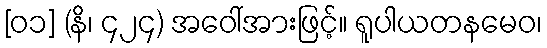
[၀၁] (နိ၊ ၄၂၄) အဝေါ်အားဖြင့်။ ရူပါယတနမေဝ၊